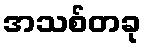
အသစ်တခု